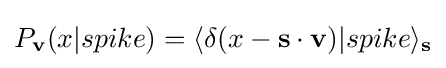
P_{\mathbf {v} }(x|spike)=\langle \delta (x-\mathbf {s} \cdot \mathbf {v} )|spike\rangle _{\mathbf {s} }